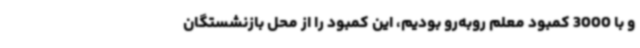
و با 3000 کمبود معلم روبه‌رو بودیم، این کمبود را از محل بازنشستگان